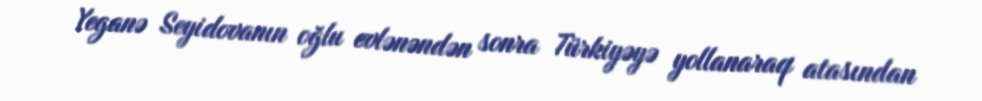
Yeganə Seyidovanın oğlu evlənəndən sonra Türkiyəyə yollanaraq atasından